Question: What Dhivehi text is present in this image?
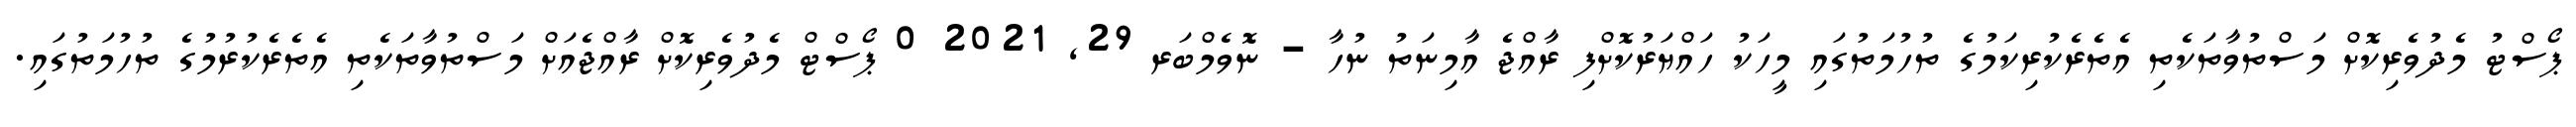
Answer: ޕޯސްޓު މެދުވެރިކޮށް މަސްތުވާތަކެތި އެތެރެކުރިކަމުގެ ތުހުމަތުގައި މީހަކު ހައްޔަރުކޮށްފި ރާއްޖެ އާމިނަތު ނުހާ - ނޮވެމްބަރ 29, 2021 0 ޕޯސްޓް މެދުވެރިކޮށް ރާއްޖެއަށް މަސްތުވާތަކެތި އެތެރެކުރުމުގެ ތުހުމަތުގައި.